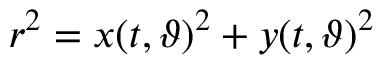
r ^ { 2 } = x ( t , \vartheta ) ^ { 2 } + y ( t , \vartheta ) ^ { 2 }